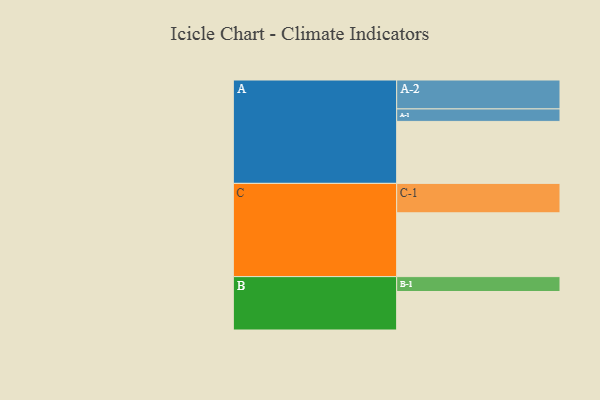
{"axis": {"x": "Segment", "y": "Value"}, "legend": ["", "A", "B", "C"], "data": [{"x": "A", "y": 512, "type": ""}, {"x": "B", "y": 318, "type": ""}, {"x": "C", "y": 527, "type": ""}, {"x": "A-1", "y": 103, "type": "A"}, {"x": "A-2", "y": 239, "type": "A"}, {"x": "B-1", "y": 123, "type": "B"}, {"x": "C-1", "y": 243, "type": "C"}]}